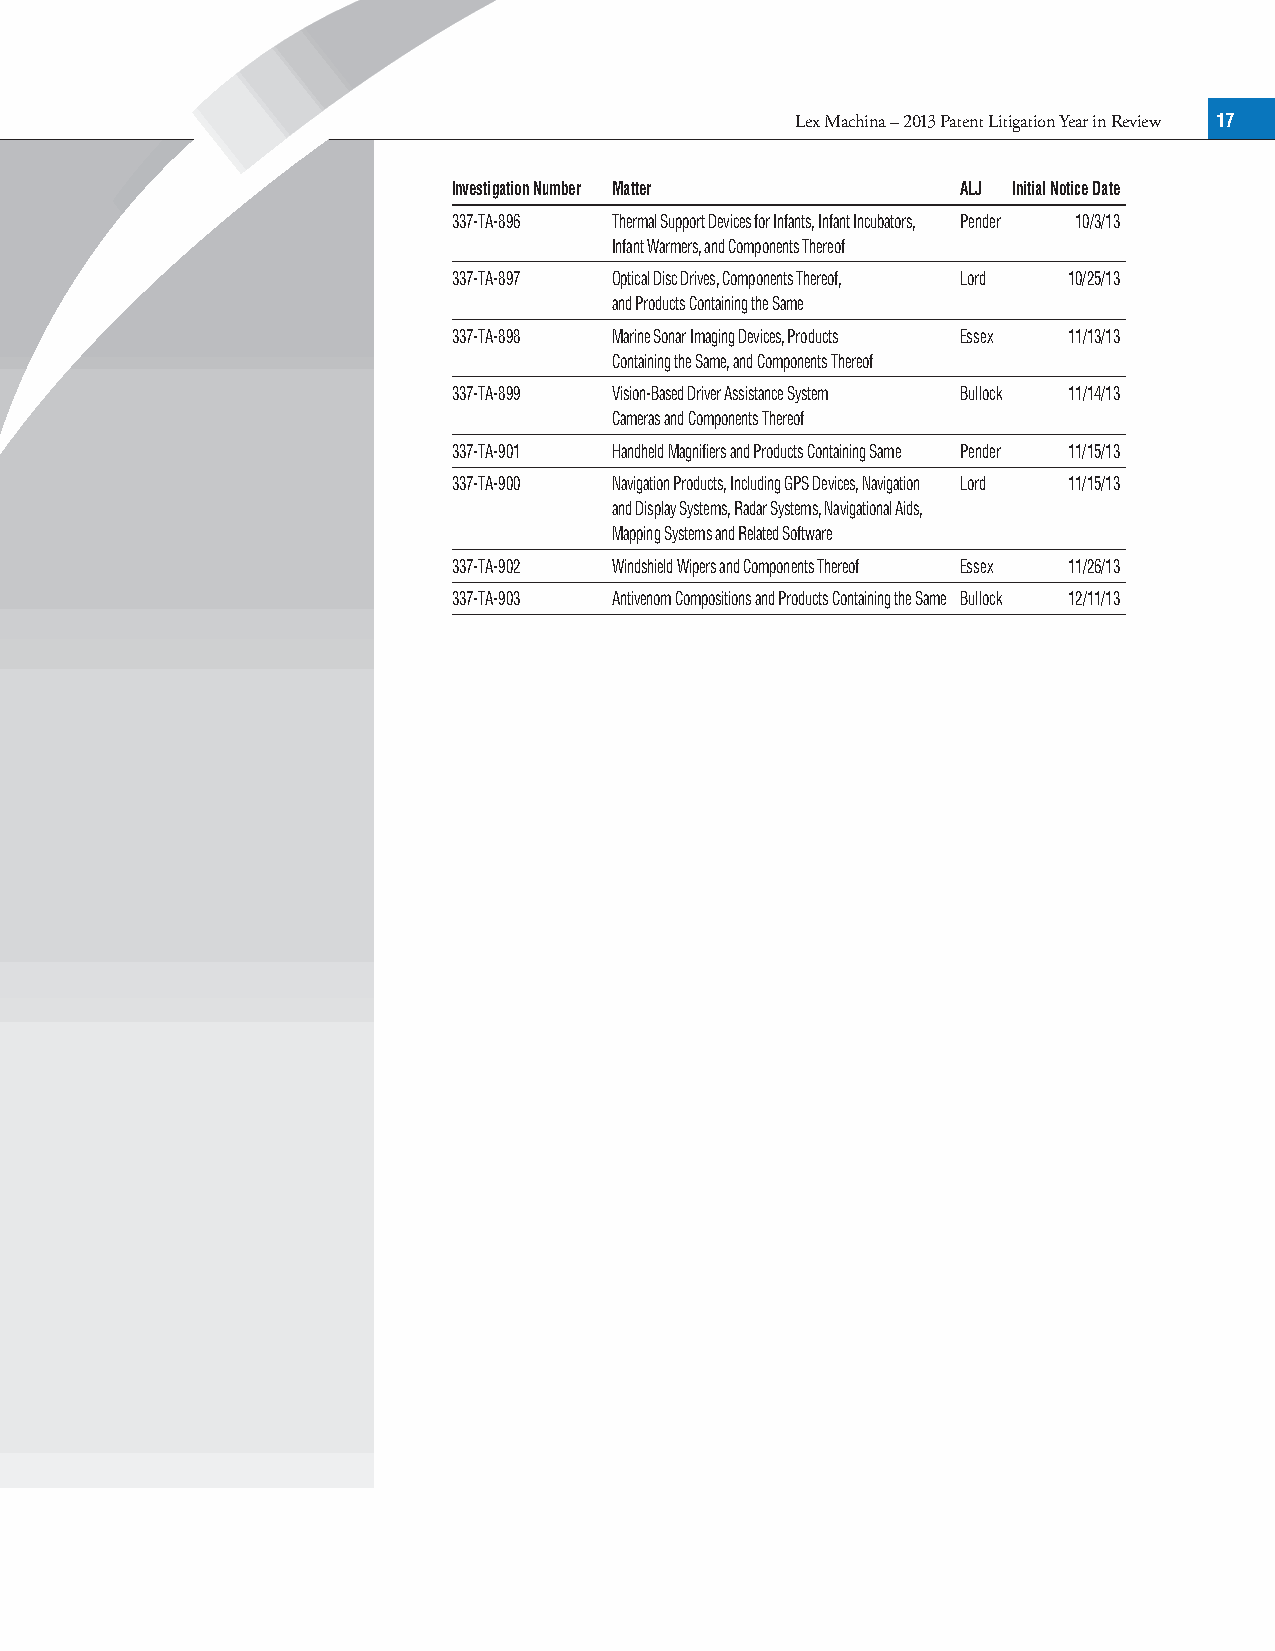
Lex Machina – 2013 Patent Litigation Year in Review 17
 Investigation Number Matter       ALJ Initial Notice Date
 337-TA-896 Thermal Support Devices for Infants, Infant Incubators, Pender 10/3/13
 Infant Warmers, and Components Thereof
 337-TA-897 Optical Disc Drives, Components Thereof, Lord 10/25/13
 and Products Containing the Same
 337-TA-898 Marine Sonar Imaging Devices, Products Essex 11/13/13
 Containing the Same, and Components Thereof
 337-TA-899 Vision-Based Driver Assistance System Bullock 11/14/13
 Cameras and Components Thereof
 337-TA-901 Handheld Magnifiers and Products Containing Same Pender 11/15/13
 337-TA-900 Navigation Products, Including GPS Devices, Navigation Lord 11/15/13
 and Display Systems, Radar Systems, Navigational Aids,
 Mapping Systems and Related Software
 337-TA-902 Windshield Wipers and Components Thereof Essex 11/26/13
 337-TA-903 Antivenom Compositions and Products Containing the Same Bullock 12/11/13